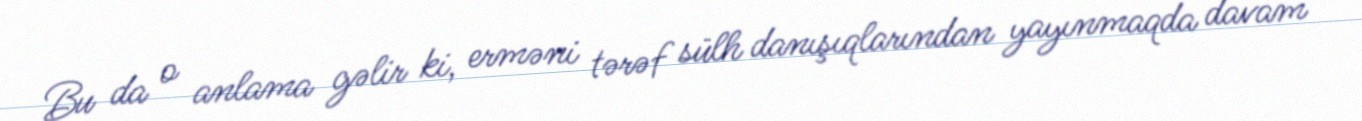
Bu da o anlama gəlir ki, erməni tərəf sülh danışıqlarından yayınmaqda davam